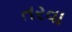
તરવા